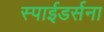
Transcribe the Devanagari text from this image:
स्पाईडर्सना